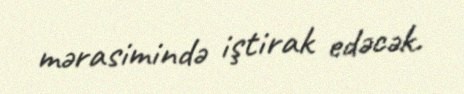
mərasimində iştirak edəcək.